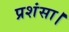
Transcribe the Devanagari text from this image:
प्रशंसा।